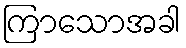
ကြာသောအခါ